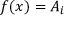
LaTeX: f ( x ) = A _ { i }